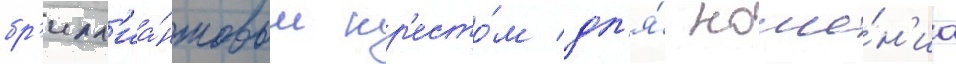
бр'илл'иа́нтовым кр'есто́м дл'я́ ноше́н'иа